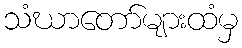
သံဃာတော်များထံမှ